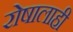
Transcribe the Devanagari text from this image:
रोषालाही